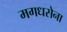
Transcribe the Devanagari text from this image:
मगधसेना